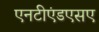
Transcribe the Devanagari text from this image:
एनटीएंडएसए